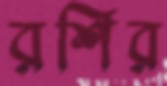
রশির